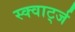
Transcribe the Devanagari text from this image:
स्क्वार्ट्ज